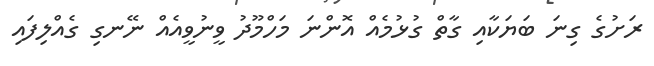
ރަށުގެ ގިނަ ބަޔަކާއި ގާތް ގުޅުމެއް އޮންނަ މަހްމޫދު ވީނުވީއެއް ނޭނގި ގެއްލިފައި